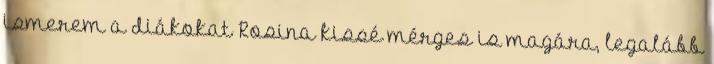
ismerem a diákokat Rosina kissé mérges is magára, legalább